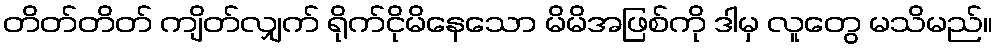
တိတ်တိတ် ကျိတ်လျှက် ရိုက်ငိုမိနေသော မိမိအဖြစ်ကို ဒါမှ လူတွေ မသိမည်။